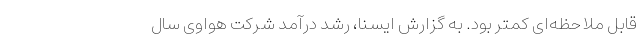
قابل ملاحظه‌ای کمتر بود. به گزارش ایسنا، رشد درآمد شرکت هواوی سال